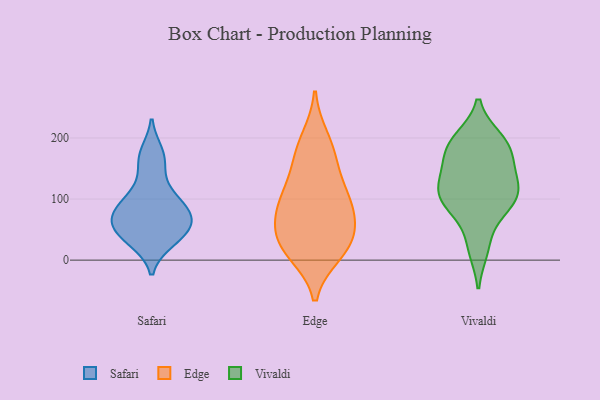
{"axis": {"x": "Temperature (°C)", "y": "Value"}, "legend": ["Edge", "Safari", "Vivaldi"], "data": [{"x": "", "y": 158, "type": "Safari"}, {"x": "", "y": 71, "type": "Safari"}, {"x": "", "y": 98, "type": "Safari"}, {"x": "", "y": 111, "type": "Safari"}, {"x": "", "y": 78, "type": "Safari"}, {"x": "", "y": 31, "type": "Safari"}, {"x": "", "y": 50, "type": "Safari"}, {"x": "", "y": 176, "type": "Safari"}, {"x": "", "y": 57, "type": "Safari"}, {"x": "", "y": 36, "type": "Safari"}, {"x": "", "y": 74, "type": "Safari"}, {"x": "", "y": 44, "type": "Edge"}, {"x": "", "y": 16, "type": "Edge"}, {"x": "", "y": 158, "type": "Edge"}, {"x": "", "y": 95, "type": "Edge"}, {"x": "", "y": 36, "type": "Edge"}, {"x": "", "y": 74, "type": "Edge"}, {"x": "", "y": 26, "type": "Edge"}, {"x": "", "y": 175, "type": "Edge"}, {"x": "", "y": 116, "type": "Edge"}, {"x": "", "y": 12, "type": "Edge"}, {"x": "", "y": 102, "type": "Edge"}, {"x": "", "y": 78, "type": "Edge"}, {"x": "", "y": 198, "type": "Edge"}, {"x": "", "y": 80, "type": "Vivaldi"}, {"x": "", "y": 107, "type": "Vivaldi"}, {"x": "", "y": 104, "type": "Vivaldi"}, {"x": "", "y": 102, "type": "Vivaldi"}, {"x": "", "y": 127, "type": "Vivaldi"}, {"x": "", "y": 18, "type": "Vivaldi"}, {"x": "", "y": 198, "type": "Vivaldi"}, {"x": "", "y": 23, "type": "Vivaldi"}, {"x": "", "y": 165, "type": "Vivaldi"}, {"x": "", "y": 139, "type": "Vivaldi"}, {"x": "", "y": 119, "type": "Vivaldi"}, {"x": "", "y": 124, "type": "Vivaldi"}, {"x": "", "y": 175, "type": "Vivaldi"}, {"x": "", "y": 166, "type": "Vivaldi"}, {"x": "", "y": 199, "type": "Vivaldi"}, {"x": "", "y": 198, "type": "Vivaldi"}, {"x": "", "y": 182, "type": "Vivaldi"}, {"x": "", "y": 95, "type": "Vivaldi"}, {"x": "", "y": 81, "type": "Vivaldi"}]}